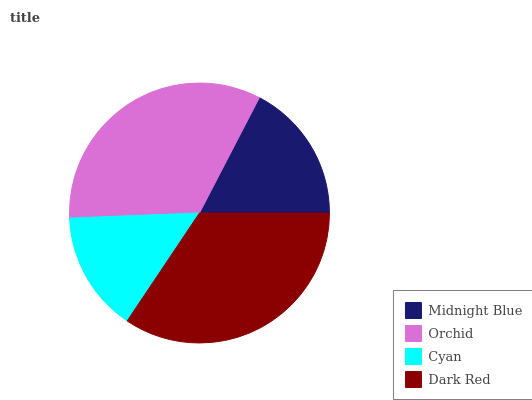
| Midnight Blue | Orchid | Cyan | Dark Red |
 | --- | --- | --- | --- |
 | 17.4% | 33.3% | 15% | 34.4% |